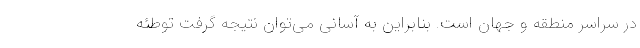
در سراسر منطقه و جهان است. بنابراین به آسانی می‌توان نتیجه گرفت توطئه